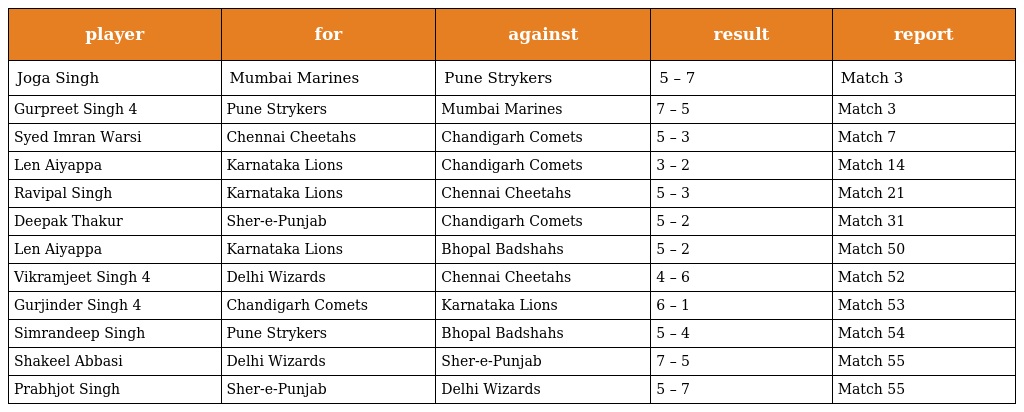
| player | for | against | result | report |
 | --- | --- | --- | --- | --- |
 | Joga Singh | Mumbai Marines | Pune Strykers | 5 – 7 | Match 3 |
 | Gurpreet Singh 4 | Pune Strykers | Mumbai Marines | 7 – 5 | Match 3 |
 | Syed Imran Warsi | Chennai Cheetahs | Chandigarh Comets | 5 – 3 | Match 7 |
 | Len Aiyappa | Karnataka Lions | Chandigarh Comets | 3 – 2 | Match 14 |
 | Ravipal Singh | Karnataka Lions | Chennai Cheetahs | 5 – 3 | Match 21 |
 | Deepak Thakur | Sher-e-Punjab | Chandigarh Comets | 5 – 2 | Match 31 |
 | Len Aiyappa | Karnataka Lions | Bhopal Badshahs | 5 – 2 | Match 50 |
 | Vikramjeet Singh 4 | Delhi Wizards | Chennai Cheetahs | 4 – 6 | Match 52 |
 | Gurjinder Singh 4 | Chandigarh Comets | Karnataka Lions | 6 – 1 | Match 53 |
 | Simrandeep Singh | Pune Strykers | Bhopal Badshahs | 5 – 4 | Match 54 |
 | Shakeel Abbasi | Delhi Wizards | Sher-e-Punjab | 7 – 5 | Match 55 |
 | Prabhjot Singh | Sher-e-Punjab | Delhi Wizards | 5 – 7 | Match 55 |